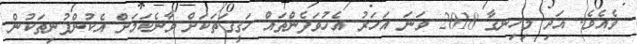
ވެއެވެ. އަދި މިހިނގާ 2018 ވަނަ އަހަރު އެހުވަފެންތައް ހަޤީގަތަކަށް ވާނެކަމަށް އެކުންފުނިތަކުން